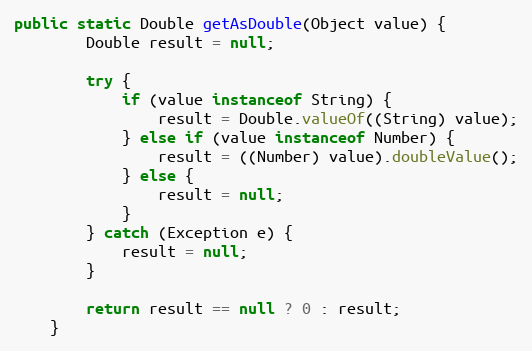
Language: Java
public static Double getAsDouble(Object value) {
		Double result = null;

		try {
			if (value instanceof String) {
				result = Double.valueOf((String) value);
			} else if (value instanceof Number) {
				result = ((Number) value).doubleValue();
			} else {
				result = null;
			}
		} catch (Exception e) {
			result = null;
		}

		return result == null ? 0 : result;
	}